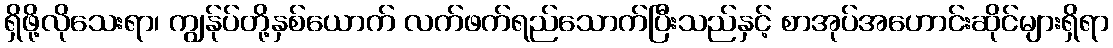
ရှိဖို့လိုသေးရာ၊ ကျွန်ုပ်တို့နှစ်ယောက် လက်ဖက်ရည်သောက်ပြီးသည်နှင့် စာအုပ်အဟောင်းဆိုင်များရှိရာ